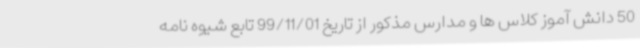
50 دانش آموز کلاس ها و مدارس مذکور از تاریخ 99/11/01 تابع شیوه نامه